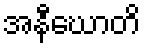
အနီဃောတိ